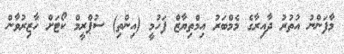
މާފަންނު އުތުރު ދާއިރާގެ މެމްބަރު އިމްތިޔާޒް ފަހުމީ (އިންތި) ސުޕްރީމް ކޯޓަށް ހާޒިރުވާން